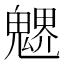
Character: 𩳻